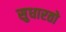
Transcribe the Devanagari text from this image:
सुधारतो